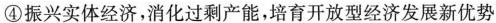
④振兴实体经济，消化过剩产能，培育开放型经济发展新优势